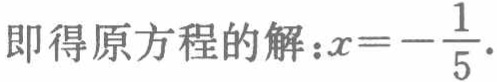
即得原方程的解：\(x = -\frac{1}{5}\).